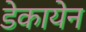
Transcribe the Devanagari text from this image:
डेकायेन